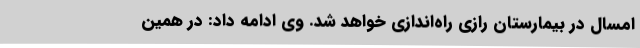
امسال در بیمارستان رازی راه‌اندازی خواهد شد. وی ادامه داد: در همین